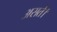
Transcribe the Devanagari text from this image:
असते।